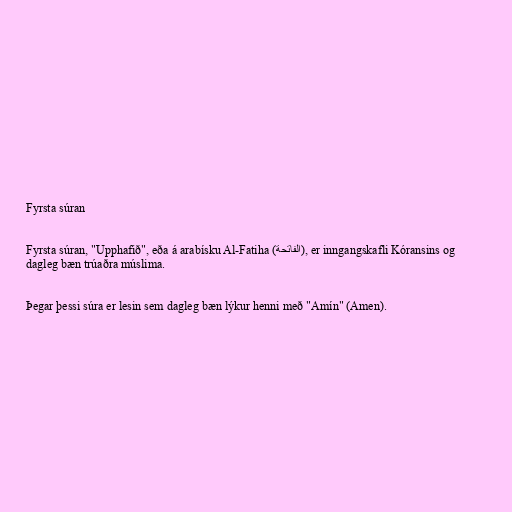
Fyrsta súran

Fyrsta súran, "Upphafið", eða á arabísku Al-Fatiha (الفاتحة), er inngangskafli Kóransins og
dagleg bæn trúaðra múslima.

Þegar þessi súra er lesin sem dagleg bæn lýkur henni með "Amín" (Amen).